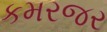
કમરજર